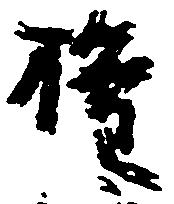
権